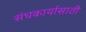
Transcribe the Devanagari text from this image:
संघकार्यासाठी